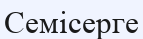
Семісерге